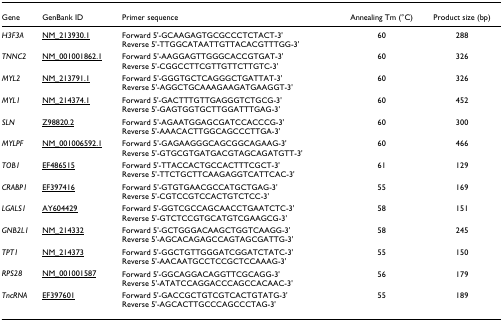
| Gene | GenBank ID | Primer sequence | Annealing Tm (°C) | Product size (bp) |
 | --- | --- | --- | --- | --- |
 | H3F3A | NM_213930.1 | Forward 5'-GCAAGAGTGCGCCCTCTACT-3'Reverse 5'-TTGGCATAATTGTTACACGTTTGG-3' | 60 | 288 |
 | TNNC2 | NM_001001862.1 | Forward 5'-AAGGAGTTGGGCACCGTGAT-3'Reverse 5'-CGGCCTTCGTTGTTCTTGTC-3' | 60 | 326 |
 | MYL2 | NM_213791.1 | Forward 5'-GGGTGCTCAGGGCTGATTAT-3'Reverse 5'-AGGCTGCAAAGAAGATGAAGGT-3' | 60 | 326 |
 | MYL1 | NM_214374.1 | Forward 5'-GACTTTGTTGAGGGTCTGCG-3'Reverse 5'-GAGTGGTGCTTGGATTTGAG-3' | 60 | 452 |
 | SLN | Z98820.2 | Forward 5'-AGAATGGAGCGATCCACCCG-3'Reverse 5'-AAACACTTGGCAGCCCTTGA-3' | 60 | 300 |
 | MYLPF | NM_001006592.1 | Forward 5'-GAGAAGGGCAGCGGCAGAAG-3'Reverse 5'-GTGCGTGATGACGTAGCAGATGTT-3' | 60 | 466 |
 | TOB1 | EF486515 | Forward 5'-TTACCACTGCCACTTTCGCT-3'Reverse 5'-TTCTGCTTCAAGAGGTCATTCAC-3' | 61 | 129 |
 | CRABP1 | EF397416 | Forward 5'-GTGTGAACGCCATGCTGAG-3'Reverse 5'-CGTCCGTCCACTGTCTCC-3' | 55 | 169 |
 | LGALS1 | AY604429 | Forward 5'-GGTCGCCAGCAACCTGAATCTC-3'Reverse 5'-GTCTCCGTGCATGTCGAAGCG-3' | 58 | 151 |
 | GNB2L1 | NM_214332 | Forward 5'-GCTGGGACAAGCTGGTCAAGG-3'Reverse 5'-AGCACAGAGCCAGTAGCGATTG-3' | 58 | 245 |
 | TPT1 | NM_214373 | Forward 5'-GGCTGTTGGGATCGGATCTATC-3'Reverse 5'-AACAATGCCTCCGCTCCAAAG-3' | 55 | 150 |
 | RPS28 | NM_001001587 | Forward 5'-GGCAGGACAGGTTCGCAGG-3'Reverse 5'-ATATCCAGGACCCAGCCACAAC-3' | 56 | 179 |
 | TncRNA | EF397601 | Forward 5'-GACCGCTGTCGTCACTGTATG-3'Reverse 5'-AGCACTTGCCCAGCCCTAG-3' | 55 | 189 |